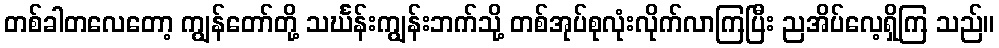
တစ်ခါတလေတော့ ကျွန်တော်တို့ သင်္ဃန်းကျွန်းဘက်သို့ တစ်အုပ်စုလုံးလိုက်လာကြပြီး ညအိပ်လေ့ရှိကြ သည်။